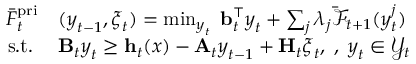
\begin{array} { r l } { \bar { F } _ { t } ^ { \mathrm { { p r i } } } } & { ( { \boldsymbol y } _ { t - 1 } , { \boldsymbol \xi } _ { t } ) = \operatorname* { m i n } _ { \boldsymbol { y } _ { t } } \; { \mathbf b } _ { t } ^ { \top } { \boldsymbol y } _ { t } + \sum _ { j } { \lambda } _ { j } \bar { \mathcal { F } } _ { t + 1 } ( { \boldsymbol y } _ { t } ^ { j } ) } \\ { \mathrm { s . t . } \; } & { { \mathbf B } _ { t } { \boldsymbol y } _ { t } \geq { \mathbf h } _ { t } ( { \boldsymbol x } ) - { \mathbf A } _ { t } { \boldsymbol y } _ { t - 1 } + { \mathbf H } _ { t } { \boldsymbol \xi } _ { t } , \; , \; { \boldsymbol y } _ { t } \in \mathcal { Y } _ { t } } \end{array}